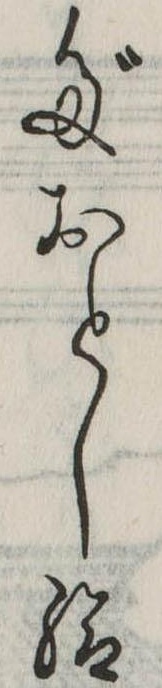
だおとし給